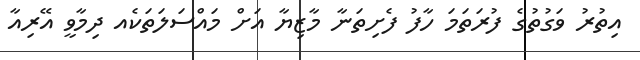
އިތުރު ވަގުތުގެ ފުރަތަމަ ހާފު ފެށިތަނާ މާޒިޔާ އަށް މައްސަލަތަކެއ ދިމާވީ އޭރިއާ